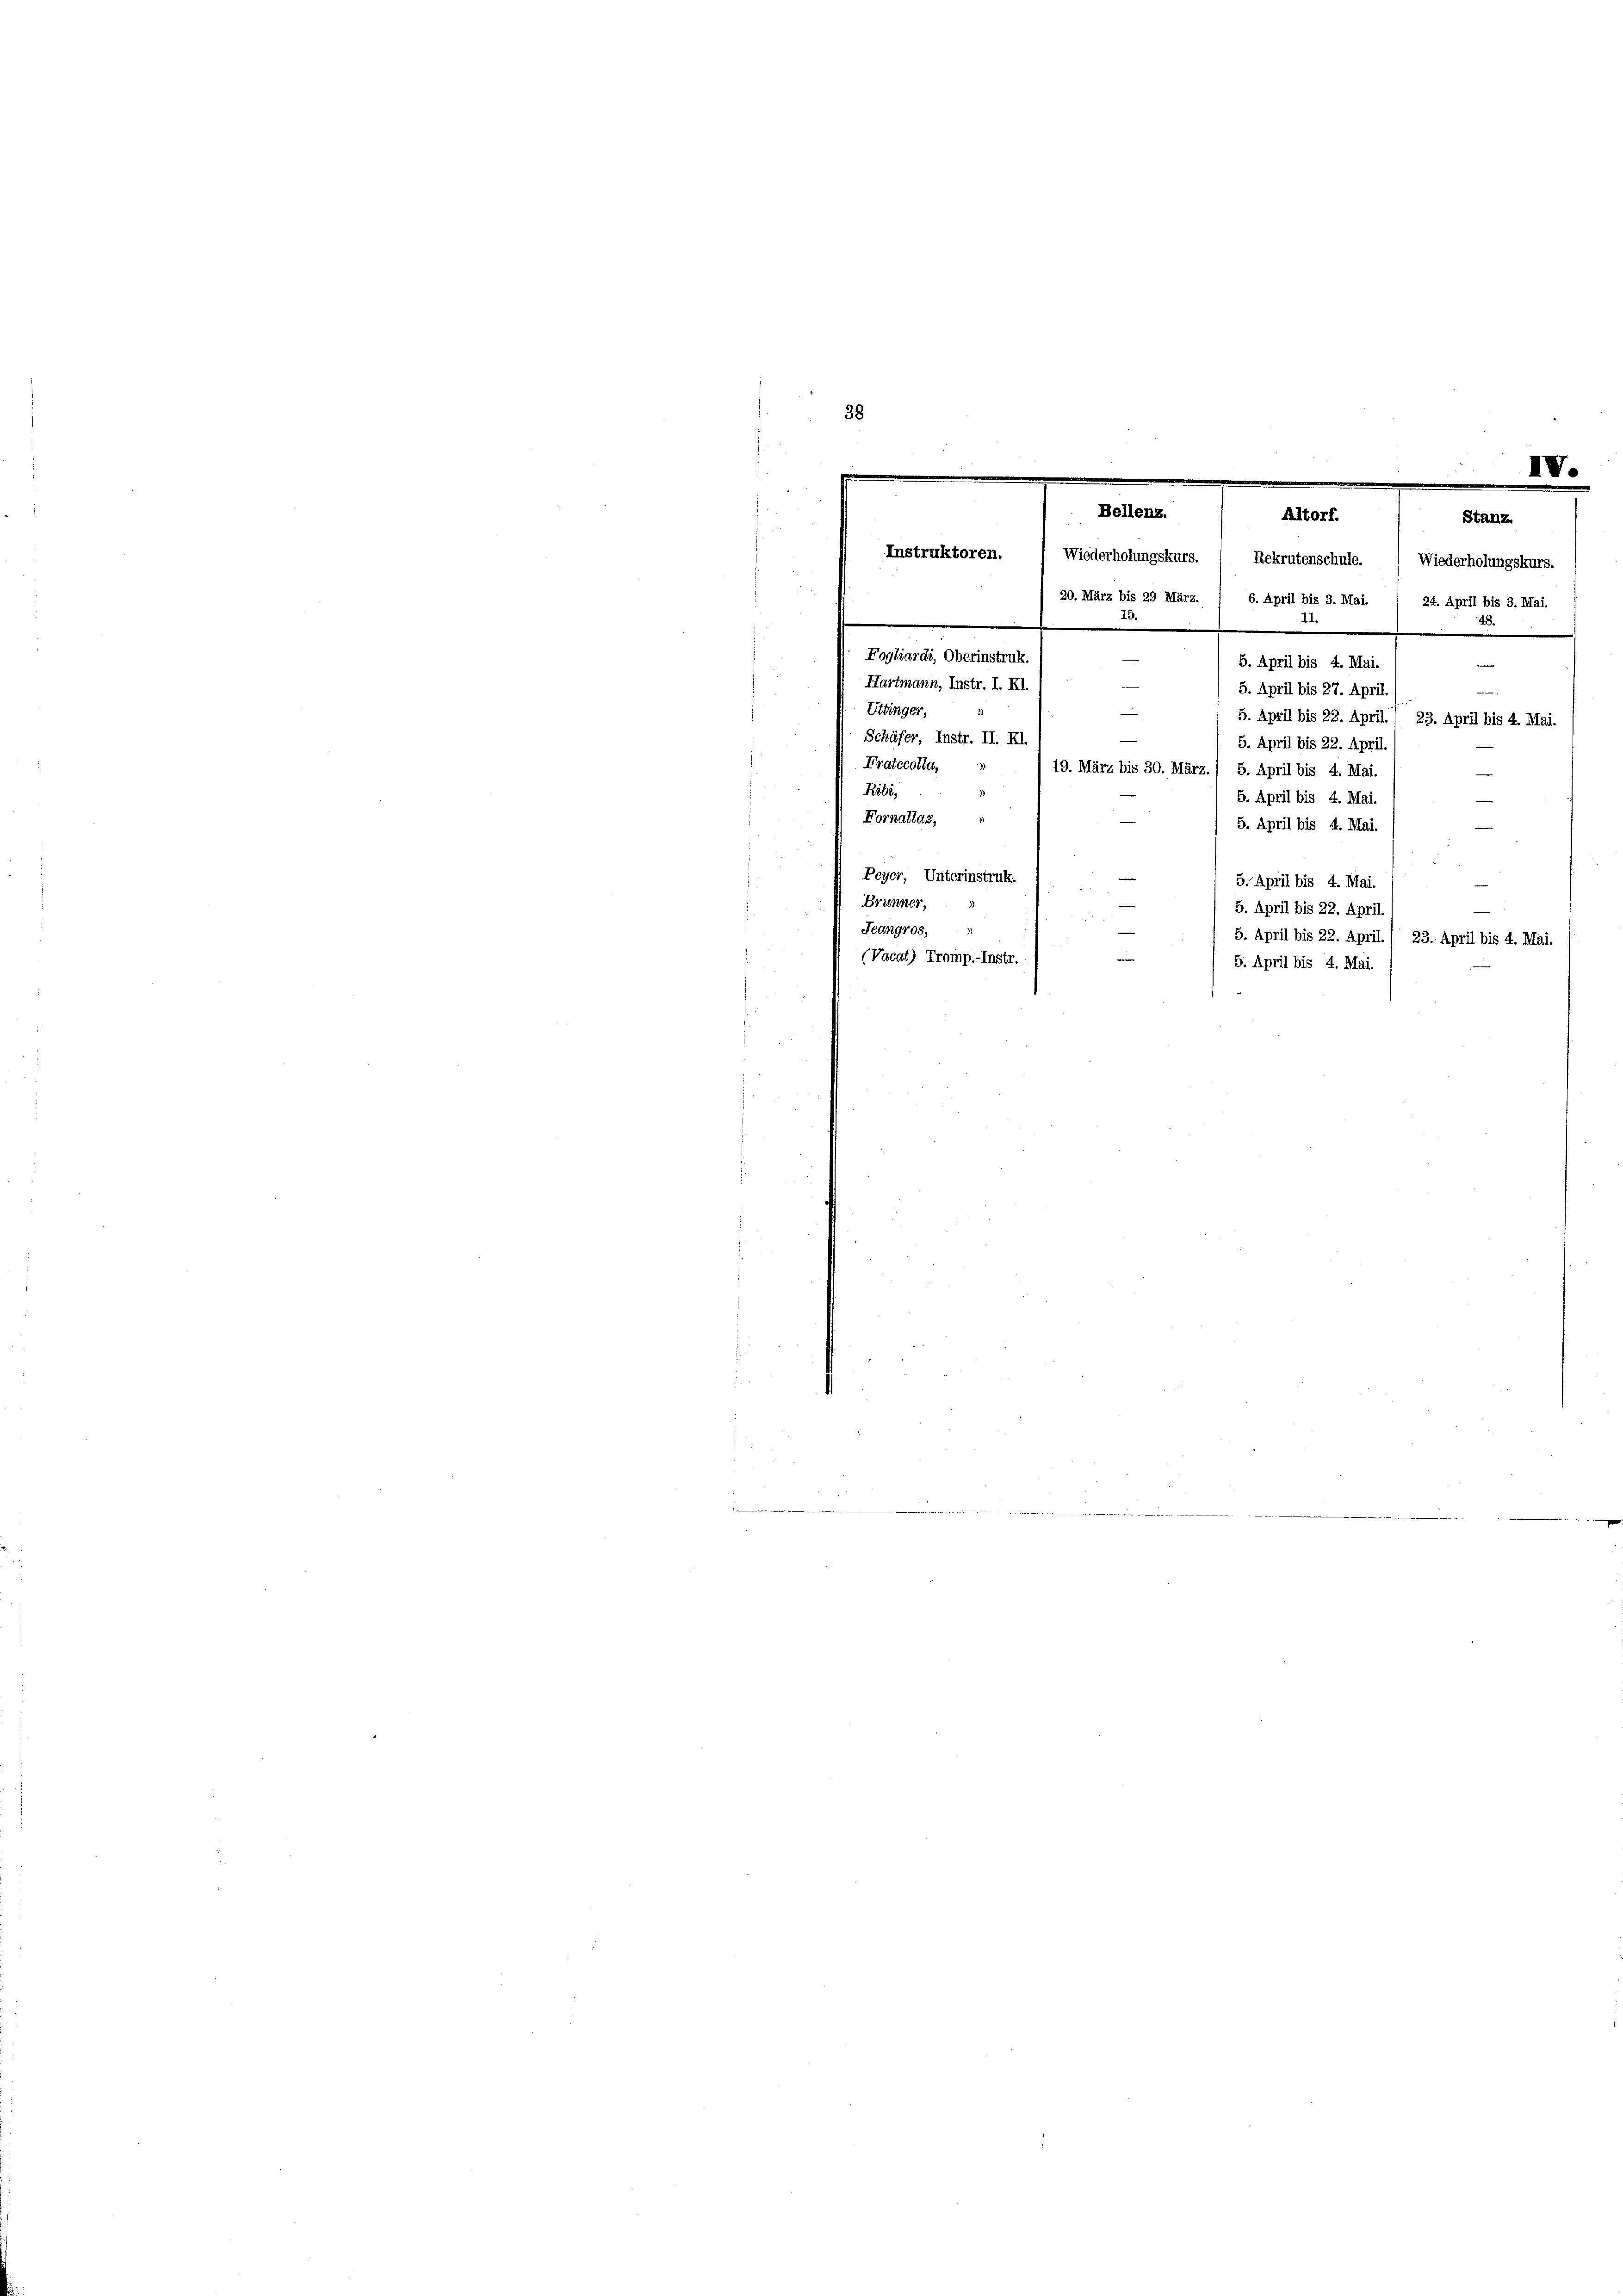
38
e
Bellenz.
Altorf.

Instruktoren.
Wiederholungskurs. ( Rekrutenschule. Wiederholungskurs.
.
20. März bis 29 März. 1 6. April bis 3. Mai. / 24. April bis 3. Mai.
15.
.

Fogliardi, Oberinstruk.
5. April bis 4. Mai.
Hartmann, Instr. I. Kl.
5. April bis 27. April.
¬
Uttinger,
5. April bis 22. April., 23. April bis 4. Mai.
Schüfer, Instr. II. Kl.
5. April bis 22. April
Fratecolla,
19. März bis 30. März. / 5. April bis 4. Mai
n
Ribi,
5. April bis 4. Mai
Fornallas,
.
5. April bis 4. Mai.
e
.
8
25
Peyer, Unterinstruk
5. April bis 4. Mai.
.
Brunner,
5. April bis 22. April.
Jeungros,
5. April bis 22. April., 23. April bis 4. Mai.
i
(Vacat) Tromp.-Instr.
5. April bis 4. Mai.

IV.
Stanz.

e
.